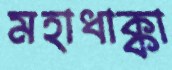
মহাধাক্কা